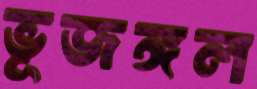
ভূজঙ্গল